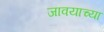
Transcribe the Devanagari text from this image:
जावयाच्या